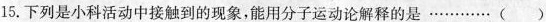
15.下列是小科活动中接触到的现象，能用分子运动论解释的是…………()